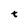
Character: t